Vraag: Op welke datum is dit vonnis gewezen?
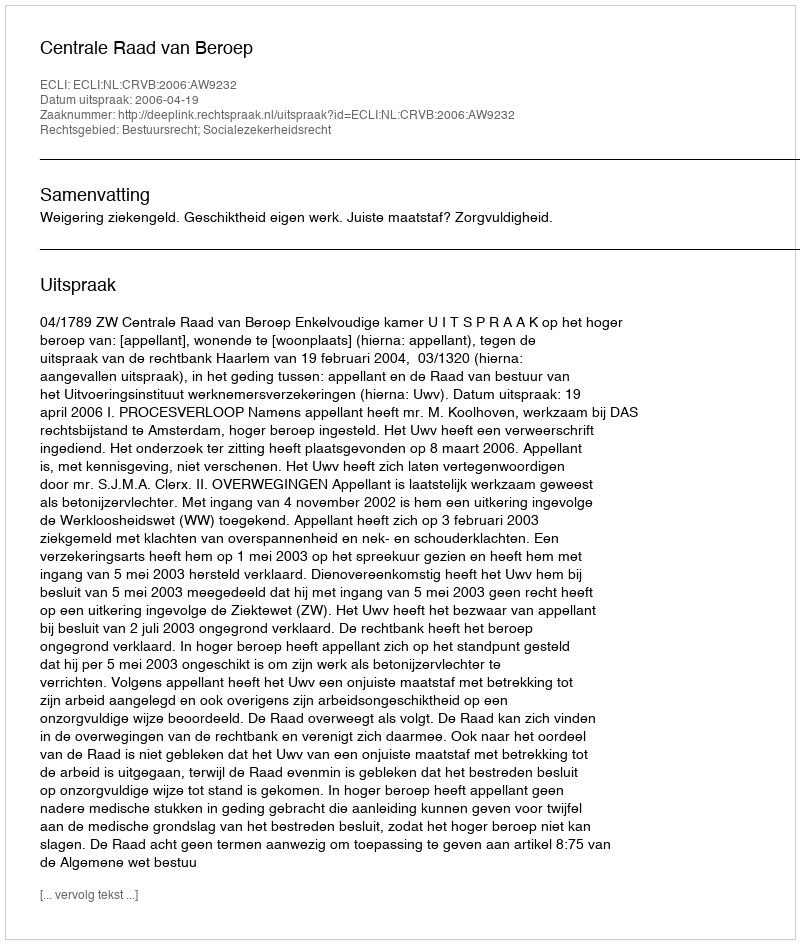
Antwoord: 2006-04-19